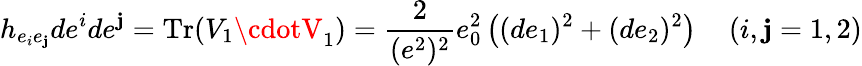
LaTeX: h_{e_{i}e_{\mathbf{j}}}de^{i}de^{\mathbf{j}}=\mathrm{{Tr}}(V_{1}\cdotV_{1})=\frac{2}{{(e^{2})^{2}}}e_{0}^{2}\left((de_{1})^{2}+(de_{2})^{2}\right)\, \quad(i,\mathbf{j}=1,2)